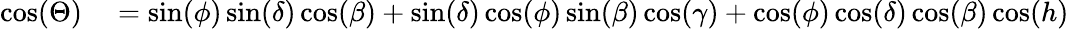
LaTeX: \begin{array}{rl}{\cos(\Theta)}&{{}=\sin(\phi)\sin(\delta)\cos(\beta)+\sin(\delta)\cos(\phi)\sin(\beta)\cos(\gamma)+\cos(\phi)\cos(\delta)\cos(\beta)\cos(h)}\end{array}